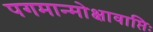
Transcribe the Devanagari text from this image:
पगमान्मोक्षावाप्तिः